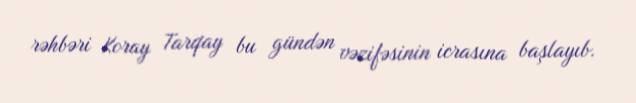
rəhbəri Koray Tarqay bu gündən vəzifəsinin icrasına başlayıb.